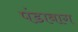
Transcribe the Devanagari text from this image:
पंडाबाग